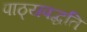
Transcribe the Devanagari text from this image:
पाठ्यपद्धति